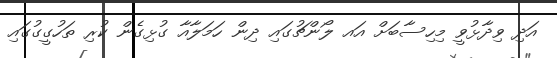
އަދި ވިދާޅުވީ މިހިސާބަށް އައ ލޯންޗުގައި ދިން ހަމަލާއާ ގުޅިގެން ކުރި ތަހުގީގުގައި